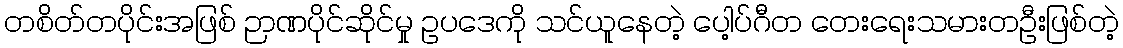
တစိတ်တပိုင်းအဖြစ် ဉာဏပိုင်ဆိုင်မှု ဥပဒေကို သင်ယူနေတဲ့ ပေါ့ပ်ဂီတ တေးရေးသမားတဦးဖြစ်တဲ့